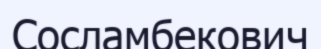
Сосламбекович